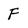
Character: F